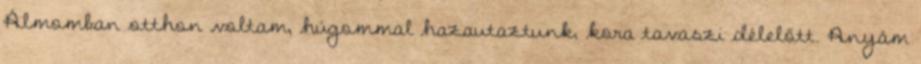
Álmomban otthon voltam, húgommal hazautaztunk, kora tavaszi délelőtt. Anyám